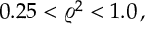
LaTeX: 0 . 2 5 < \varrho ^ { 2 } < 1 . 0 \, ,